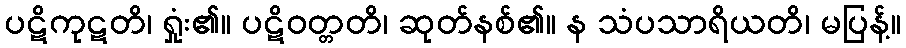
ပဋိကုဋတိ၊ ရှုံး၏။ ပဋိဝတ္တတိ၊ ဆုတ်နစ်၏။ န သံပသာရိယတိ၊ မပြန့်။